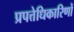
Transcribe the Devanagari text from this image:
प्रपत्तेधिकारिणों